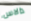
دالاس